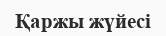
Қаржы жүйесі